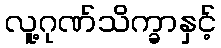
လူ့ဂုဏ်သိက္ခာနှင့်